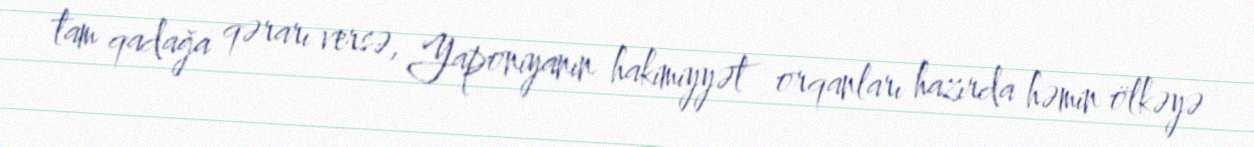
tam qadağa qərarı versə, Yaponiyanın hakimiyyət orqanları hazırda həmin ölkəyə